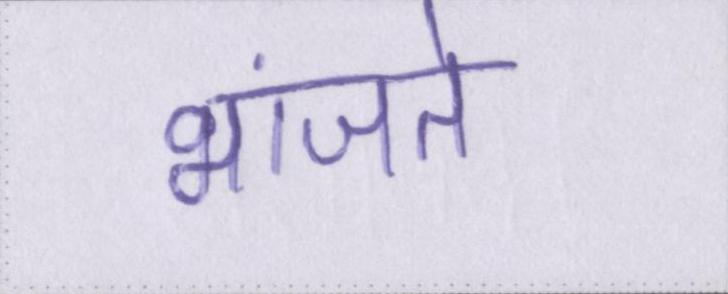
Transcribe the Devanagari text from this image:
भांजते